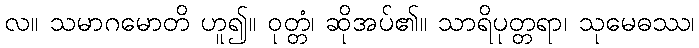
လ။ သမာဂမောတိ ဟူ၍။ ဝုတ္တံ၊ ဆိုအပ်၏။ သာရိပုတ္တရာ၊ သုမေဓဿ၊